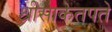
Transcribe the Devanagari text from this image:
श्रीसाकेतपते